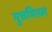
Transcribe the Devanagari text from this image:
मुत्तमितल